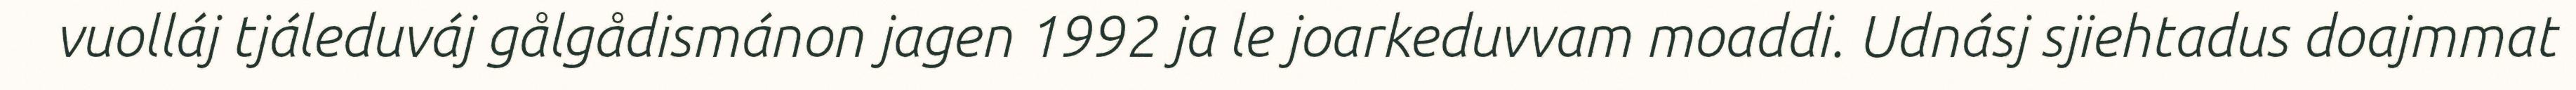
vuolláj tjáleduváj gålgådismánon jagen 1992 ja le joarkeduvvam moaddi. Udnásj sjiehtadus doajmmat